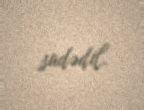
sadədil.